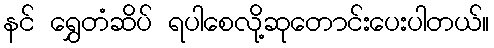
နင် ရွှေတံဆိပ် ရပါစေလို့ဆုတောင်းပေးပါတယ်။